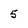
Character: 5